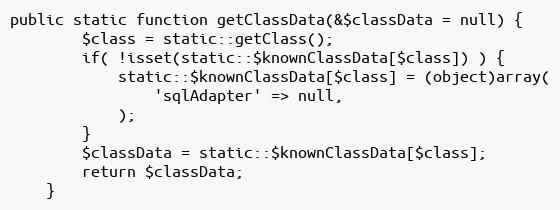
Language: PHP
public static function getClassData(&$classData = null) {
		$class = static::getClass();
		if( !isset(static::$knownClassData[$class]) ) {
			static::$knownClassData[$class] = (object)array(
				'sqlAdapter' => null,
			);
		}
		$classData = static::$knownClassData[$class];
		return $classData;
	}